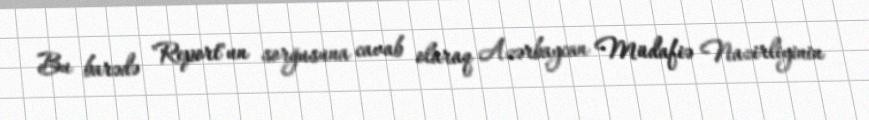
Bu barədə "Report"un sorğusuna cavab olaraq Azərbaycan Müdafiə Nazirliyinin